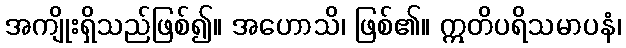
အကျိုးရှိသည်ဖြစ်၍။ အဟောသိ၊ ဖြစ်၏။ ဣတိပရိသမာပနံ၊